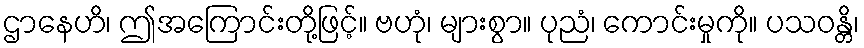
ဌာနေဟိ၊ ဤအကြောင်းတို့ဖြင့်။ ဗဟုံ၊ များစွာ။ ပုညံ၊ ကောင်းမှုကို။ ပသဝန္တိ၊